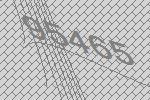
95465